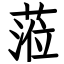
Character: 蒞